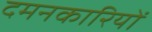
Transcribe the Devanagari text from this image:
दमनकारियों